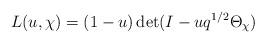
LaTeX: \begin{align*}L(u,\chi) = (1-u)\det (I-uq^{1/2}\Theta_\chi)\end{align*}